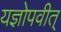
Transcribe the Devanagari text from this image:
यज्ञोपवीत्